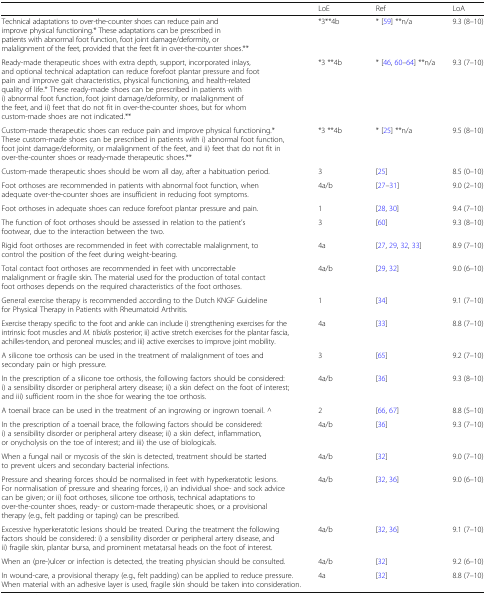
<table><thead><tr><td></td><td><b>LoE</b></td><td><b>Ref</b></td><td><b>LoA</b></td></tr></thead><tbody><tr><td>Technical adaptations to over-the-counter shoes can reduce pain and improve physical functioning.* These adaptations can be prescribed in patients with abnormal foot function, foot joint damage/deformity, or malalignment of the feet, provided that the feet fit in over-the-counter shoes.**</td><td>*3**4b</td><td>* [59] **n/a</td><td>9.3 (8–10)</td></tr><tr><td>Ready-made therapeutic shoes with extra depth, support, incorporated inlays, and optional technical adaptation can reduce forefoot plantar pressure and foot pain and improve gait characteristics, physical functioning, and health-related quality of life.* These ready-made shoes can be prescribed in patients with i) abnormal foot function, foot joint damage/deformity, or malalignment of the feet, and ii) feet that do not fit in over-the-counter shoes, but for whom custom-made shoes are not indicated.**</td><td>*3 **4b</td><td>* [46, 60–64] **n/a</td><td>9.3 (7–10)</td></tr><tr><td>Custom-made therapeutic shoes can reduce pain and improve physical functioning.* These custom-made shoes can be prescribed in patients with i) abnormal foot function, foot joint damage/deformity, or malalignment of the feet, and ii) feet that do not fit in over-the-counter shoes or ready-made therapeutic shoes.**</td><td>*3 **4b</td><td>* [25] **n/a</td><td>9.5 (8–10)</td></tr><tr><td>Custom-made therapeutic shoes should be worn all day, after a habituation period.</td><td>3</td><td>[25]</td><td>8.5 (0–10)</td></tr><tr><td>Foot orthoses are recommended in patients with abnormal foot function, when adequate over-the-counter shoes are insufficient in reducing foot symptoms.</td><td>4a/b</td><td>[27–31]</td><td>9.0 (2–10)</td></tr><tr><td>Foot orthoses in adequate shoes can reduce forefoot plantar pressure and pain.</td><td>1</td><td>[28, 30]</td><td>9.4 (7–10)</td></tr><tr><td>The function of foot orthoses should be assessed in relation to the patient’s footwear, due to the interaction between the two.</td><td>3</td><td>[60]</td><td>9.3 (8–10)</td></tr><tr><td>Rigid foot orthoses are recommended in feet with correctable malalignment, to control the position of the feet during weight-bearing.</td><td>4a</td><td>[27, 29, 32, 33]</td><td>8.9 (7–10)</td></tr><tr><td>Total contact foot orthoses are recommended in feet with uncorrectable malalignment or fragile skin. The material used for the production of total contact foot orthoses depends on the required characteristics of the foot orthoses.</td><td>4a/b</td><td>[29, 32]</td><td>9.0 (6–10)</td></tr><tr><td>General exercise therapy is recommended according to the Dutch KNGF Guideline for Physical Therapy in Patients with Rheumatoid Arthritis.</td><td>1</td><td>[34]</td><td>9.1 (7–10)</td></tr><tr><td>Exercise therapy specific to the foot and ankle can include i) strengthening exercises for the intrinsic foot muscles and <i>M. tibialis</i> posterior; ii) active stretch exercises for the plantar fascia, achilles-tendon, and peroneal muscles; and iii) active exercises to improve joint mobility.</td><td>4a</td><td>[33]</td><td>8.8 (7–10)</td></tr><tr><td>A silicone toe orthosis can be used in the treatment of malalignment of toes and secondary pain or high pressure.</td><td>3</td><td>[65]</td><td>9.2 (7–10)</td></tr><tr><td>In the prescription of a silicone toe orthosis, the following factors should be considered: i) a sensibility disorder or peripheral artery disease; ii) a skin defect on the foot of interest; and iii) sufficient room in the shoe for wearing the toe orthosis.</td><td>4a/b</td><td>[36]</td><td>9.3 (8–10)</td></tr><tr><td>A toenail brace can be used in the treatment of an ingrowing or ingrown toenail. ^</td><td>2</td><td>[66, 67]</td><td>8.8 (5–10)</td></tr><tr><td>In the prescription of a toenail brace, the following factors should be considered: i) a sensibility disorder or peripheral artery disease; ii) a skin defect, inflammation, or onycholysis on the toe of interest; and iii) the use of biologicals.</td><td>4a/b</td><td>[36]</td><td>9.3 (7–10)</td></tr><tr><td>When a fungal nail or mycosis of the skin is detected, treatment should be started to prevent ulcers and secondary bacterial infections.</td><td>4a/b</td><td>[32]</td><td>9.0 (7–10)</td></tr><tr><td>Pressure and shearing forces should be normalised in feet with hyperkeratotic lesions. For normalisation of pressure and shearing forces, i) an individual shoe- and sock advice can be given; or ii) foot orthoses, silicone toe orthosis, technical adaptations to over-the-counter shoes, ready- or custom-made therapeutic shoes, or a provisional therapy (e.g., felt padding or taping) can be prescribed.</td><td>4a/b</td><td>[32, 36]</td><td>9.0 (6–10)</td></tr><tr><td>Excessive hyperkeratotic lesions should be treated. During the treatment the following factors should be considered: i) a sensibility disorder or peripheral artery disease, and ii) fragile skin, plantar bursa, and prominent metatarsal heads on the foot of interest.</td><td>4a/b</td><td>[32, 36]</td><td>9.1 (7–10)</td></tr><tr><td>When an (pre-)ulcer or infection is detected, the treating physician should be consulted.</td><td>4a/b</td><td>[32]</td><td>9.2 (6–10)</td></tr><tr><td>In wound-care, a provisional therapy (e.g., felt padding) can be applied to reduce pressure. When material with an adhesive layer is used, fragile skin should be taken into consideration.</td><td>4a</td><td>[32]</td><td>8.8 (7–10)</td></tr></tbody></table>